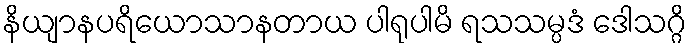
နိယျာနပရိယောသာနတာယ ပါရုပါမိ ရသသမ္ပဒံ ဒေါသဂ္ဂိ